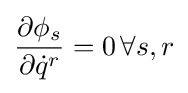
{\frac {\partial \phi _{s}}{\partial {\dot {q}}^{r}}}=0\,\forall s,r